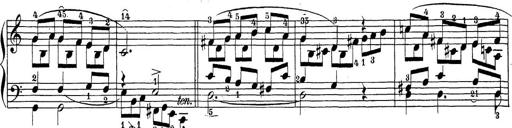
Title: Sonatina Album
Composer: Louis KÃ¶hler